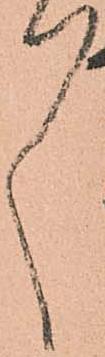
々